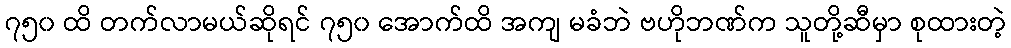
၇၅၀ ထိ တက်လာမယ်ဆိုရင် ၇၅၀ အောက်ထိ အကျ မခံဘဲ ဗဟိုဘဏ်က သူတို့ဆီမှာ စုထားတဲ့